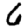
Digit: 6